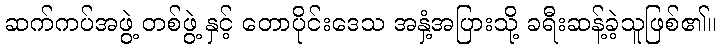
ဆက်ကပ်အဖွဲ့ တစ်ဖွဲ့ နှင့် တောပိုင်းဒေသ အနှံ့အပြားသို့ ခရီးဆန့်ခဲ့သူဖြစ်၏။